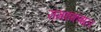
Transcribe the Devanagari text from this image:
रामइकबाल